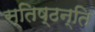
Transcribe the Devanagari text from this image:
स्तिष्ठन्ति